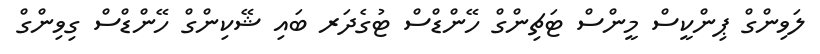
ލަވިންގް ޕިންކީސް މީންސް ޓަޗިންގް ހޭންޑްސް ޓުގެދަރ ބައި ޝޭކިންގް ހޭންޑްސް ގިވިންގް